Senior Leaving Certificate Examination (including Day School Certificate (Higher) General paper), 1948
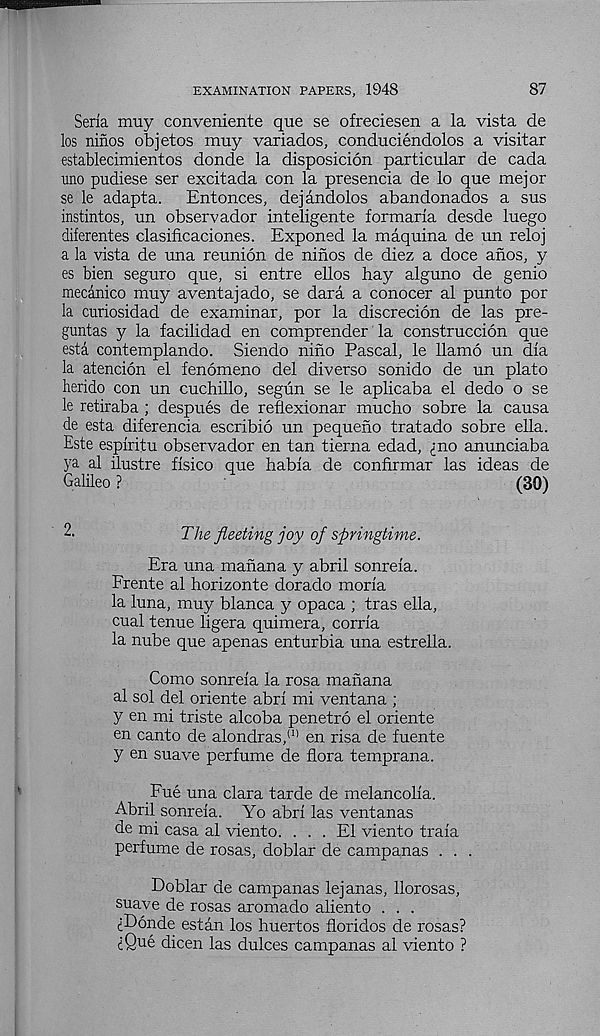
EXAMINATION PAPERS, 1948
87
Seria muy conveniente que se ofreciesen a la vista de
los ninos objetos muy variados, conduciendolos a visitar
establecimientos donde la disposicion particular de cada
lino pudiese ser excitada con la presencia de lo que mejor
se le adapta.
Entonces, dejandolos abandonados a sus
instintos, un observador inteligente formaria desde luego
diferentes clasificaciones. Exponed la maquina de un reloj
a la vista de una reunion de ninos de diez a doce afios, y
es bien seguro que, si entre ellos hay alguno de genio
mecanico muy aventajado, se dara a conocer al punto por
la curiosidad de examinar, por la discrecion de las pre-
guntas y la facilidad en comprender la construccion que
esta contemplando. Siendo niho Pascal, le llamo un dia
la atencion el fenomeno del diverse sonido de un plato
herido con un cuchillo, segun se le aplicaba el dedo o se
le retiraba ; despues de reflexionar mucho sobre la causa
de esta diferencia escribio un pequeho tratado sobre ella.
Este espiritu observador en tan tierna edad, ino anunciaba
ya al ilustre fisico que habia de confirmar las ideas de
Galileo ?
(30)
2.
The fleeting joy of springtime.
Era una manana y abril sonreia.
Frente al horizonte dorado moria
la luna, muy blanca y opaca ; tras ella,
cual tenue ligera quimera, corria
la nube que apenas enturbia una estrella.
Como sonreia la rosa manana
al sol del oriente abri mi ventana ;
y en mi triste alcoba penetro el oriente
en canto de alondras, (1) en risa de fuente
y en suave perfume de flora temprana.
Fue una clara tarde de melancolia.
Abril sonreia. Yo abri las ventanas
de mi casa al viento. ... El viento traia
perfume de rosas, doblar de campanas . . .
Doblar de campanas lejanas, llorosas,
suave de rosas aromado aliento . . .
iDonde estan los huertos floridos de rosas?
iQue dicen las dulces campanas al viento ?